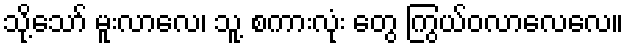
သို့သော် မူးလာလေ၊ သူ့ စကားလုံး တွေ ကြွယ်ဝလာလေလေ။